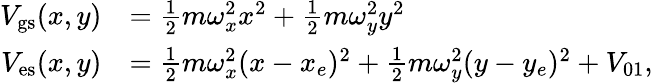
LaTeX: \begin{array}{rl}{V_{\mathrm{gs}}(x,y)}&{=\frac{1}{2}m\omega_{x}^{2}x^{2}+\frac{1}{2}m\omega_{y}^{2}y^{2}}\\ {V_{\mathrm{es}}(x,y)}&{=\frac{1}{2}m\omega_{x}^{2}(x-x_{e})^{2}+\frac{1}{2}m\omega_{y}^{2}(y-y_{e})^{2}+V_{01},}\end{array}